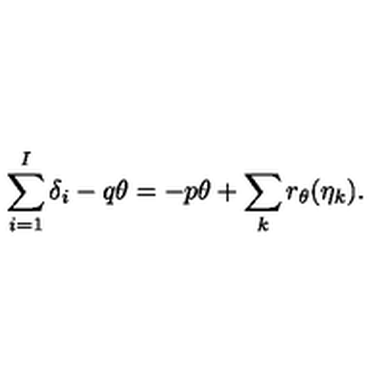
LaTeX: \sum _ { i = 1 } ^ { I } \delta _ { i } - q \theta = - p \theta + \sum _ { k } r _ { \theta } ( \eta _ { k } ) .